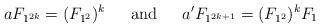
LaTeX: \begin{align*}a F_{1^{2k}} = (F_{1^2})^k \hskip .2in\hbox{ and }\hskip .2in a' F_{1^{2k+1}} = (F_{1^2})^k F_1\end{align*}